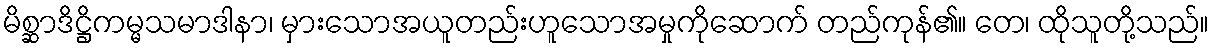
မိစ္ဆာဒိဋ္ဌိကမ္မသမာဒါနာ၊ မှားသောအယူတည်းဟူသောအမှုကိုဆောက် တည်ကုန်၏။ တေ၊ ထိုသူတို့သည်။